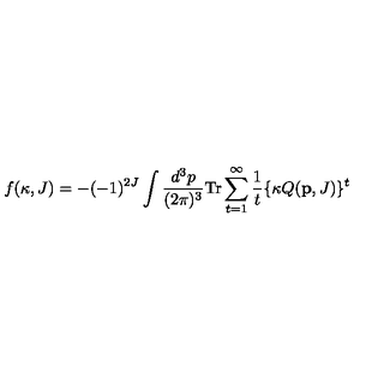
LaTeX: f ( \kappa , J ) = - ( - 1 ) ^ { 2 J } \int \frac { d ^ { 3 } p } { ( 2 \pi ) ^ { 3 } } \mathrm { T r } \sum _ { t = 1 } ^ { \infty } \frac { 1 } { t } \{ \kappa Q ( { \bf p } , J ) \} ^ { t }